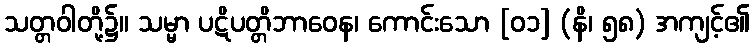
သတ္တဝါတို့၌။ သမ္မာ ပဋိပတ္တိဘာဝေန၊ ကောင်းသော [၀၁] (နိ၊ ၅၈) အကျင့်၏